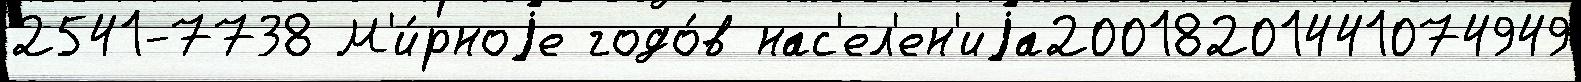
2541-7738 М'и́рноjе годо́в нас'ел'ен'иjа20018201441074949